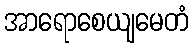
အာရောစေယျမေတံ